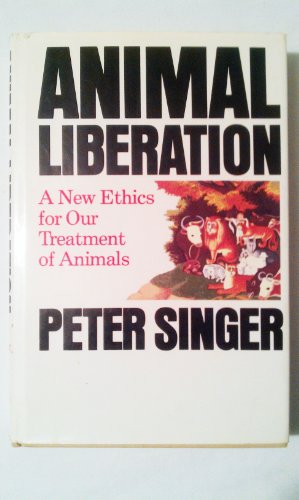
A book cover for Animal liberation: A new ethics for our treatment of animals (A New York review book); Peter Singer; Science & Math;